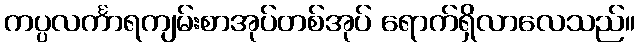
ကပ္ပလင်္ကာရကျမ်းစာအုပ်တစ်အုပ် ရောက်ရှိလာလေသည်။